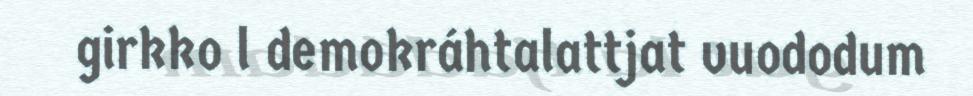
girkko l demokráhtalattjat vuododum